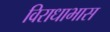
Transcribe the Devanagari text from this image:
विराधाभास